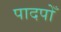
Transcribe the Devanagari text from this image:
पादपोँ